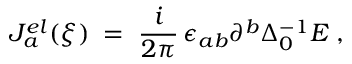
J _ { a } ^ { e l } ( \xi ) \; = \; \frac { i } { 2 \pi } \, \epsilon _ { a b } \partial ^ { b } \Delta _ { 0 } ^ { - 1 } E \; ,